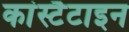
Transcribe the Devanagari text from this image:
कांस्टैटाइन